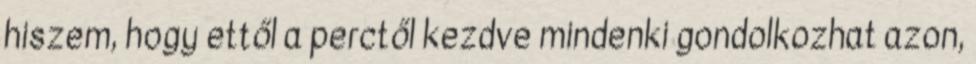
hiszem, hogy ettől a perctől kezdve mindenki gondolkozhat azon,